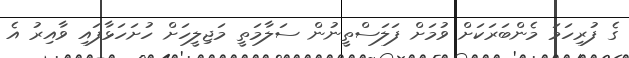
ގެ ފުރިހަމަ މެންބަރަކަށް ވުމަށް ފަލަސްތީނުން ސަލާމަތީ މަޖިލީހަށް ހުށަހަޅާފައި ވާއިރު އެ